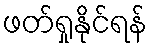
ဖတ်ရှုနိုင်ရန်